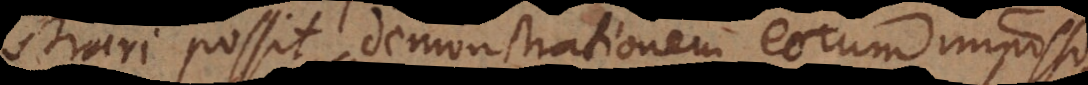
demonstrari possit, demonstrationem eorum impossi